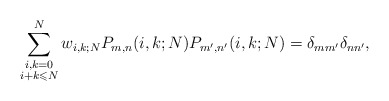
\begin{align*}\sum_{\substack{i,k=0\\i+k\leqslant N}}^{N}w_{i,k;N} P_{m,n}(i,k;N)P_{m',n'}(i,k;N)=\delta_{mm'}\delta_{nn'},\end{align*}